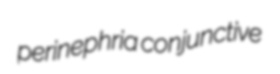
perinephria conjunctive